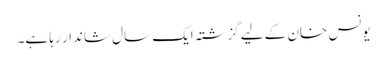
یونس خان کے لیے گزشتہ ایک سال شاندار رہا ہے۔